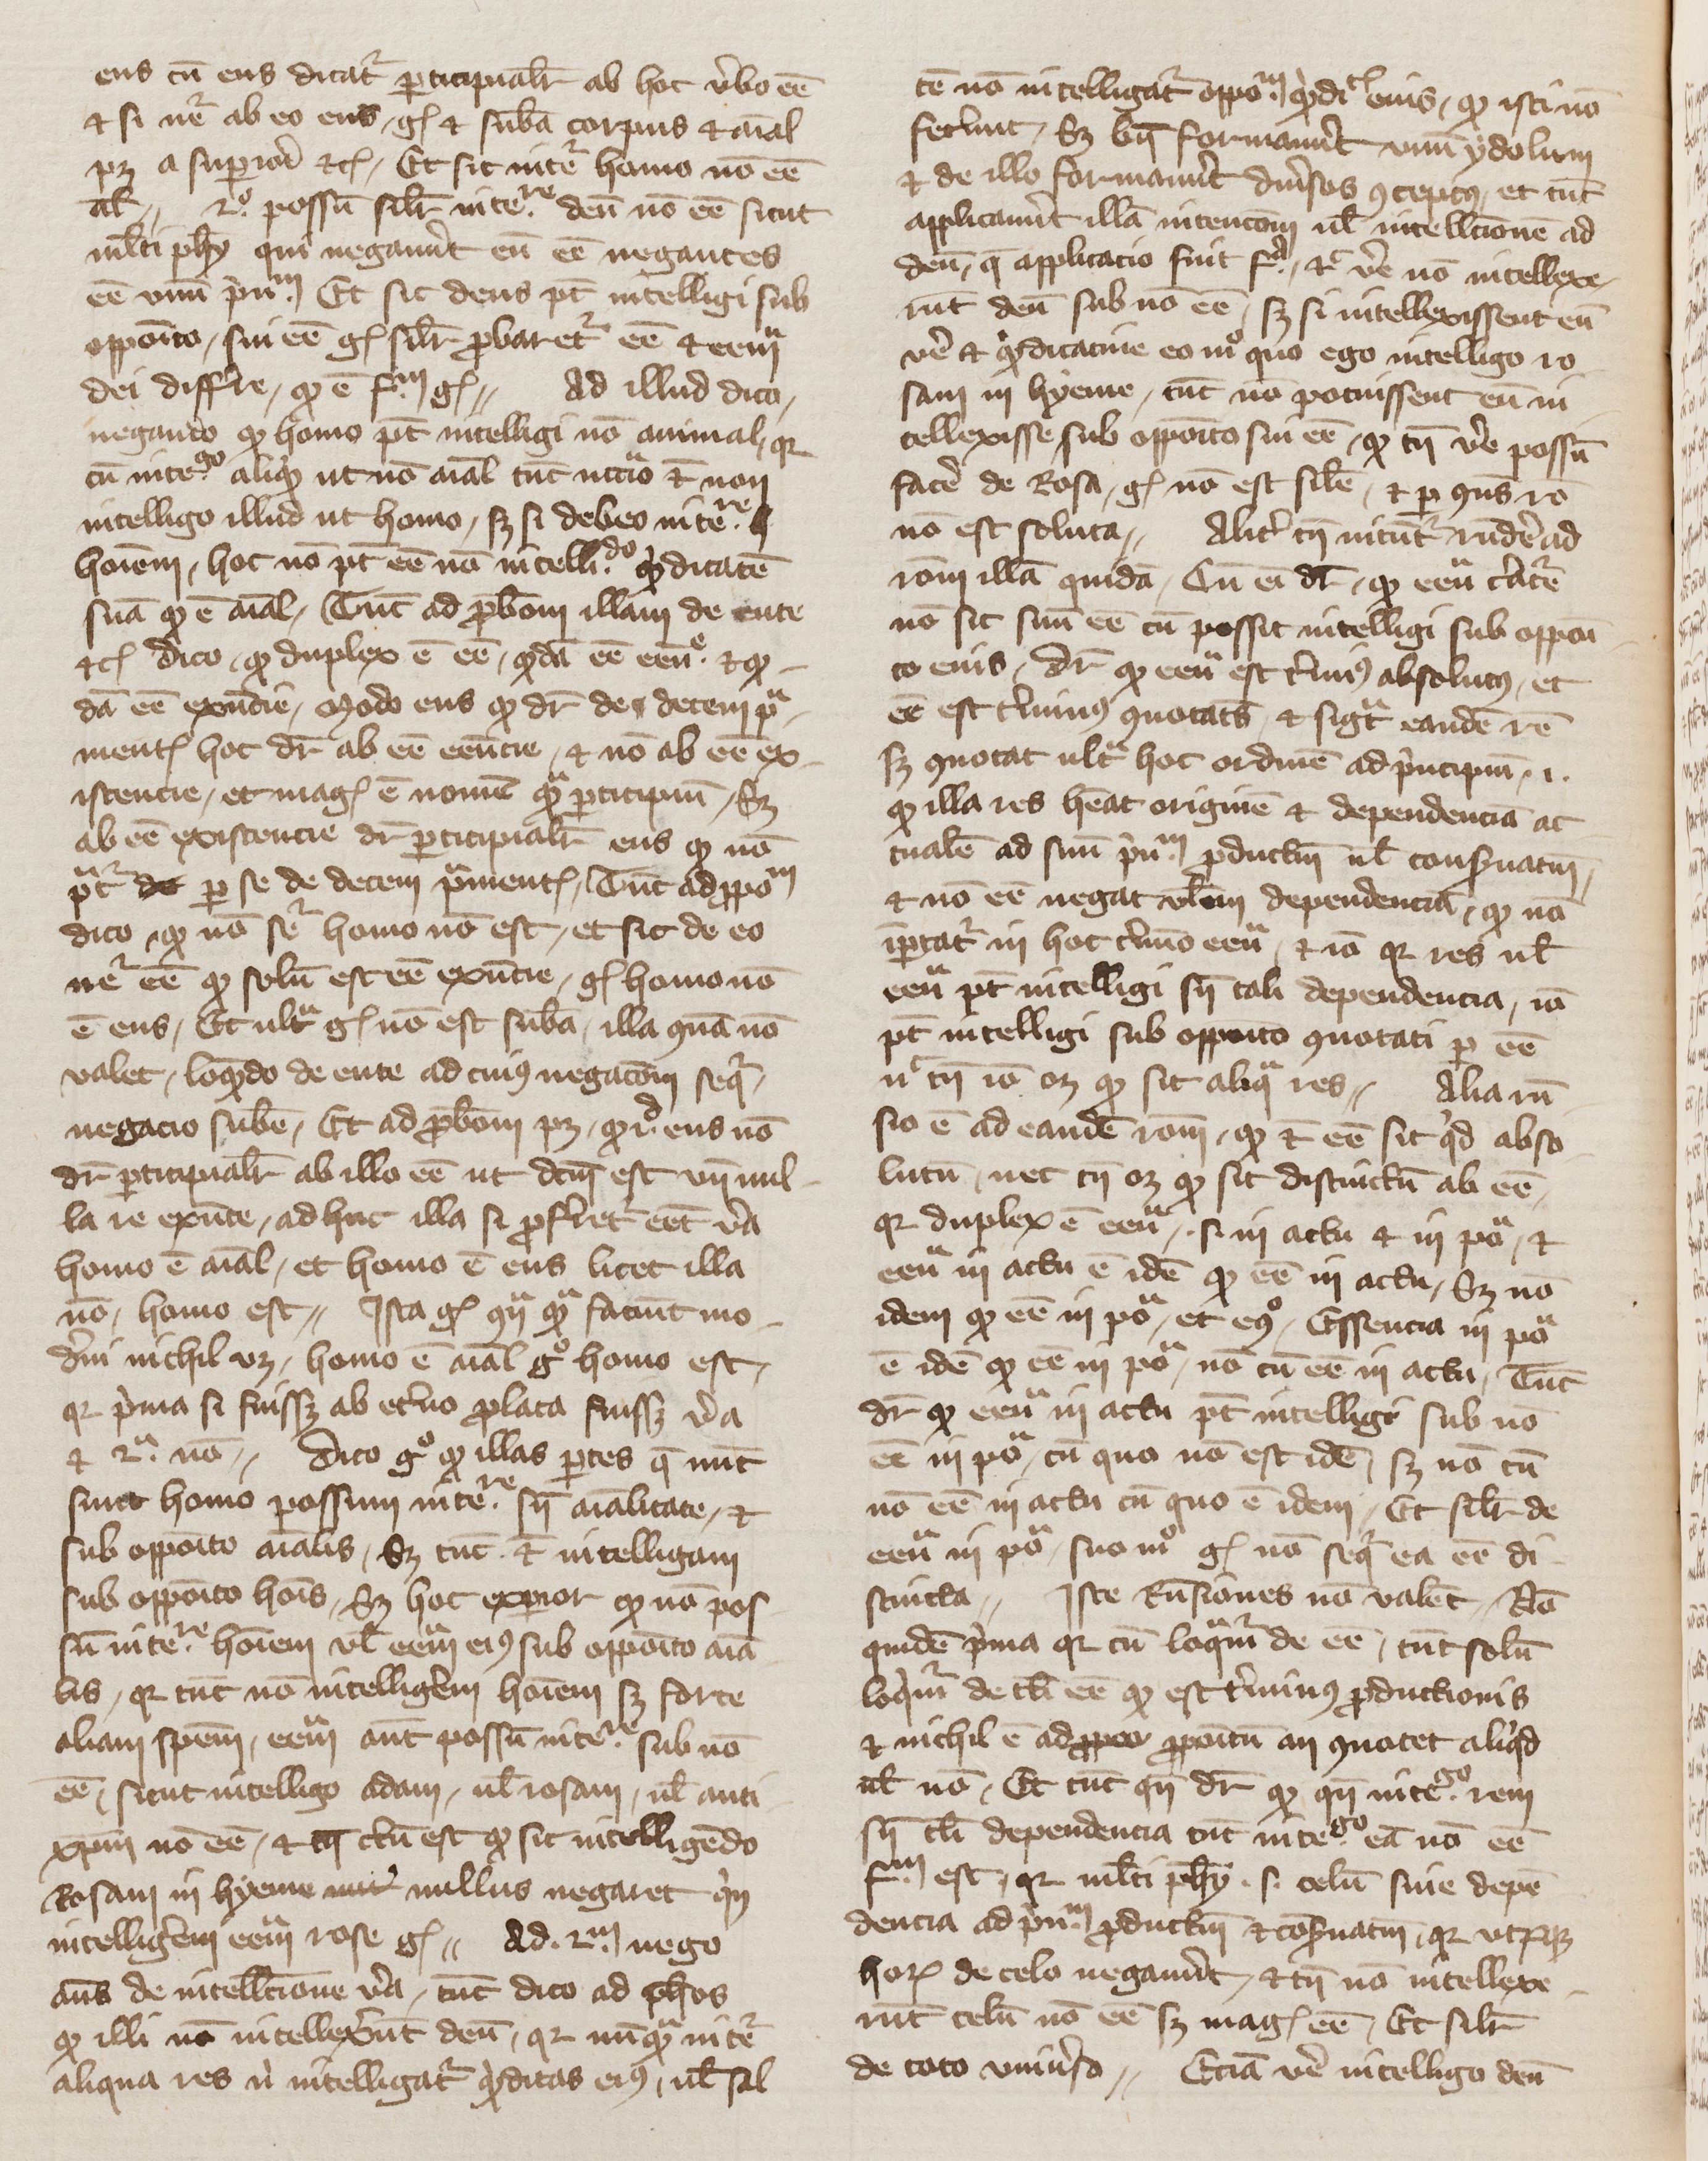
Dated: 1350–1399